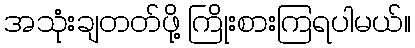
အသုံးချတတ်ဖို့ ကြိုးစားကြရပါမယ်။